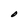
Character: O